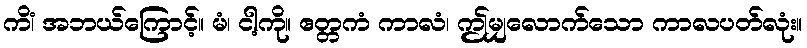
ကိံ၊ အဘယ်ကြောင့်။ မံ၊ ငါ့ကို။ ဧတ္တကံ ကာလံ၊ ဤမျှလောက်သော ကာလပတ်လုံး။